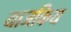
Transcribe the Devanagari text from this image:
याजकिय